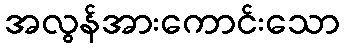
အလွန်အားကောင်းသော